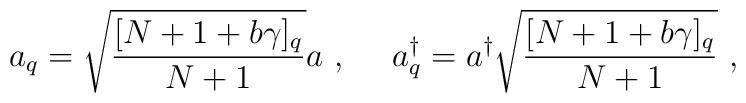
a_q=\sqrt{\frac{[N +1+b\gamma]_q}{N +1}}a~,~~~~a_q^\dagger=a^\dagger\sqrt{\frac{[N+1+b\gamma]_q}{N+1}}~,